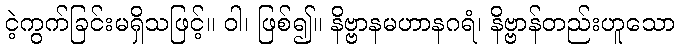
ငဲ့ကွက်ခြင်းမရှိသဖြင့်။ ဝါ၊ ဖြစ်၍။ နိဗ္ဗာနမဟာနဂရံ၊ နိဗ္ဗာန်တည်းဟူသော